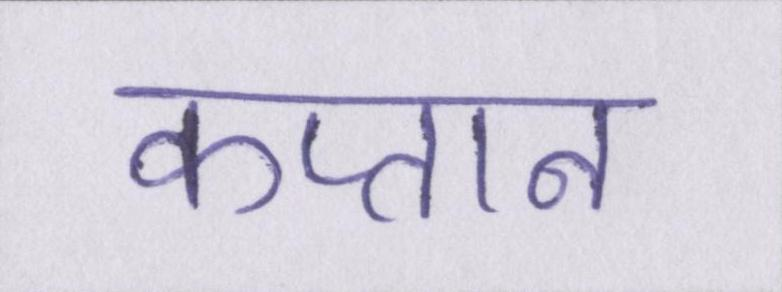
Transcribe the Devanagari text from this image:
कप्तान